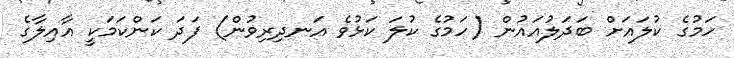
ހަމުގެ ކުލައަށް ބަދަލުއައުން (ހަމުގެ ކުލަ ކަޅުވެ އަނދިރިވުން) ފަދަ ކަންކަމަކީ އާއިލާގެ